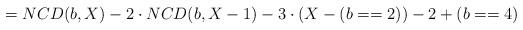
LaTeX: \begin{align*} =NCD(b,X)-2 \cdot NCD(b,X-1)-3 \cdot (X-(b==2))-2+(b==4)\end{align*}